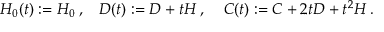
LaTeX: H _ { 0 } ( t ) : = H _ { 0 } \: , \: \: \: \: D ( t ) : = D + t H \: , \: \: \: \: \: C ( t ) : = C + 2 t D + t ^ { 2 } H \: .